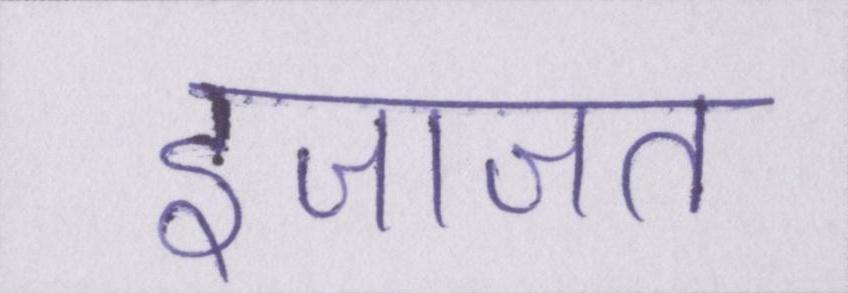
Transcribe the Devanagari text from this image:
इजाजत